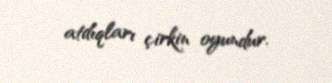
atdıqları çirkin oyundur.